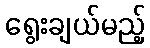
ရွေးချယ်မည့်